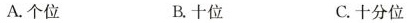
A.个位 B.十位 C.十分位